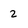
Character: 2